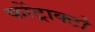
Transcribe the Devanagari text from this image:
कोंट्राक्टो